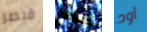
قيصر كلا أود